Leaving Certificate Examination, 1918
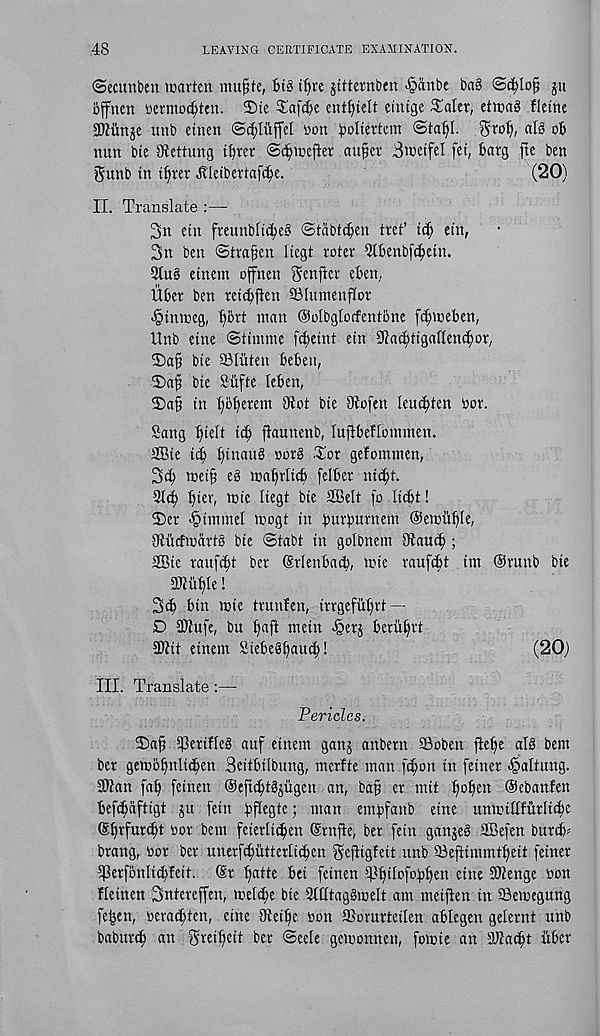
48
LEAVING CERTIFICATE EXAMINATION.
(Secunben marten mufjte, I»tg tf»re jitternben -§dnbe ba§
ju
bjfnen cermo^ten. ©te 5^af^e ent^ielt eintge £alet, etma8 fletne
3)tiinje nub etnen
non ^oltertem
^rotj, al§ ob
nun bte Stettung tbrer ©c^mefter aufer Bmetfel fet, barg fte ben
gunb in ituer Jlleibertafc^e.
(20)
II. Translate :—
2>n etn freunbltc^e? ©tdbtc^en tret’ tc^ etn,
2>n ben Strain liegt roter Qtbenbfc^etn.
3tub etncm offnen ^enfier eben,
Uber ben reicbjten SBhuneuffot
-§tnmeg, t)brt man ©olbglocfentbne fi^meben,
Unb etne ©tinune f(^etnt etn Sta^tigaflendmt/
2)a^ bte ffituten bebett,
2)af bte Sitfte leben,
2)
a§ in therein
Sang ^ielt i^ ftaunenb, lufibeflontmen.
SBie it| ^inau§ nor§ Tor gefommen,
3^ meift eb ma^rlicb felber nic^t.
3t(^ flier, mie liegt bte SBelt fo lii^t!
3)
er «§immet mo
gtiicftndrt§ bte ©tabt in golbnetn Stau^ ;
2Bic raufc^t ber (Srlenbacb, tnte raufcbt im @runb bie
3Jtufyte!
3d) bin mie trnnfen, irrgefut)rf —
D 9)tufe, bu ^aft mein §erj berii^rt
2)tit einem Stebe8i)au^!
(20)
III. Translate :—
Pericles.
SDaft 5PeriHe§ auf etnem ganj anbern SBoben fte^e al§ bem
ber gembf)nlid)ett Beitbilbung, merfte man [d)on in feiner ^altnng.
SJtan fat) fetnen Oeftc^tgjiigen an, bap er mit fjofien ©ebanfen
befc^dftigt ju fein bffegte; man empfanb eine unmiflfurli^e
(S^rfur^t nor bem feierltc^en ©rnfte, ber fein ganje§ SBefen burdb^
brang, nor ber unerf^ittterlic^en gefiigfeit unb 33efttmmt^eit feiner
fPerfonIid;feit. (Sr ^atte bei feinen ^f||tIofb^en eine 9Jtenge non
ffeinen Sntereffen, meldie bie Sffftaggroelt am meiften in Setnegung
fe^en, nerac^ten, etne Oteifie non fflorurteilen ablegen geternt unb
baburd) an gveificit ber ©eele getnonnett, fomie an aifat^t itbcr